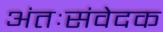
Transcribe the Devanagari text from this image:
अंतःसंवेदक